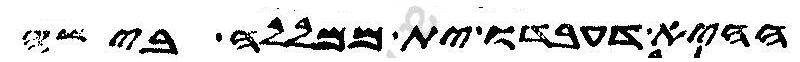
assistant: ההיא דעבדו ית ממללה בישה